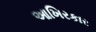
આખિરકાર